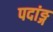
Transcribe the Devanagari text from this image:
पदांङ्ग